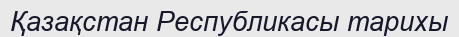
Қазақстан Республикасы тарихы